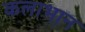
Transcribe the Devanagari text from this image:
कलाभान